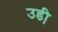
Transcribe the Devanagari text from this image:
उडी़